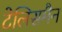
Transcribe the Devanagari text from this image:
टेलिसमैन